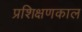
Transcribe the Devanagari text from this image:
प्रशिक्षणकाल